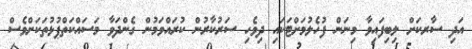
އަދި ސާރކަށް ލިބިފައިވާ މިނަން ފުހެލުމަށްޓަކައި ދިވެހި ސަރުކާރުން ކުރައްވަމުން ގެންދަވާ މަސައްކަތްޕުޅުތަކަށްވެސް